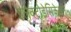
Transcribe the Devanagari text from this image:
इलेक्ट्रोडेसिकेशन